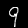
Digit: 9